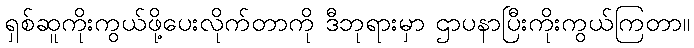
ရှစ်ဆူကိုးကွယ်ဖို့ပေးလိုက်တာကို ဒီဘုရားမှာ ဌာပနာပြီးကိုးကွယ်ကြတာ။